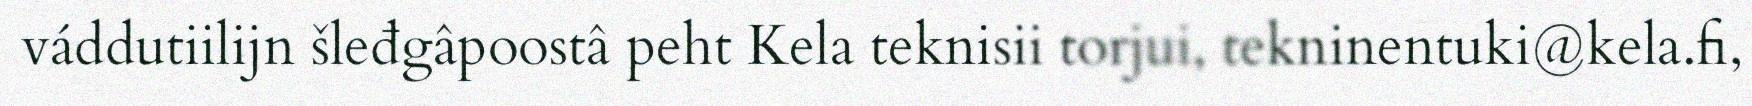
váddutiilijn šleđgâpoostâ peht Kela teknisii torjui, tekninentuki@kela.fi,